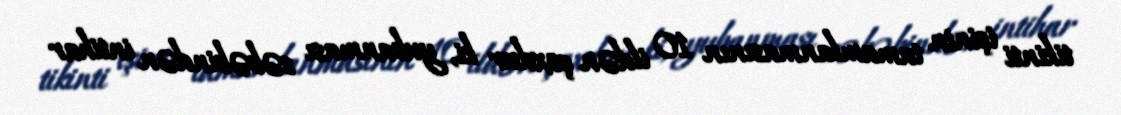
tikinti işinin tamamlanmasının 10 ildən çoxdur ki, yubanması səbəbindən intihar